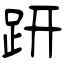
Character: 趼